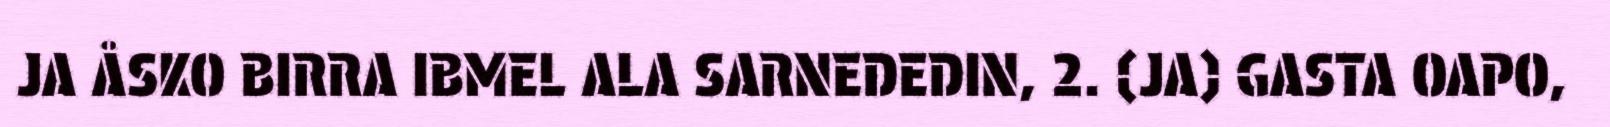
JA ÅSKO BIRRA IBMEL ALA SARNEDEDIN, 2. (JA) GASTA OAPO,